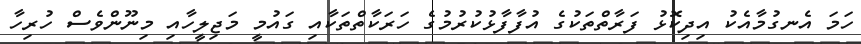
ހަމަ އެނގުމާއެކު އިދިކޮޅު ފަރާތްތަކުގެ އުފާފާޅުކުރުމުގެ ހަރަކާތްތަކާއި ގައުމީ މަޖިލީހާއި މިނޫންވެސް ހުރިހާ